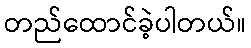
တည်ထောင်ခဲ့ပါတယ်။